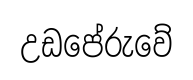
උඩපේරුවේ